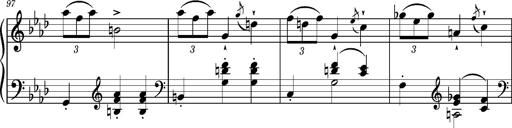
Title: Petite valse favorite
Composer: Franz Liszt
Key: A-flat major